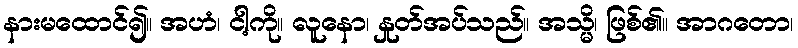
နားမထောင်၍။ အဟံ၊ ငါ့ကို။ လူနော၊ နှုတ်အပ်သည်။ အသ္မိ၊ ဖြစ်၏။ အာဂတော၊